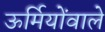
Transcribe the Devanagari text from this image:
ऊर्मियोंवाले